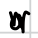
Text: a
Cross-out: zig-zag
Writing tool: digital_black